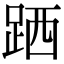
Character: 跴